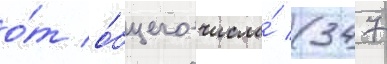
о́т о́бщего числа́ (347